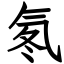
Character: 氡